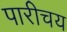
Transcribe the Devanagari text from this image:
पारीचय